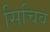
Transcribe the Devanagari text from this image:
सिचिव